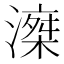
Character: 𣽘